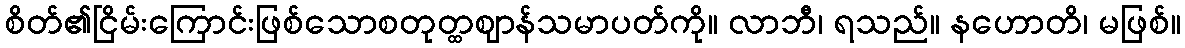
စိတ်၏ငြိမ်းကြောင်းဖြစ်သောစတုတ္ထဈာန်သမာပတ်ကို။ လာဘီ၊ ရသည်။ နဟောတိ၊ မဖြစ်။